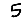
Digit: 5